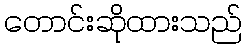
တောင်းဆိုထားသည်